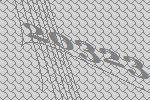
20323